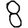
Digit: 8